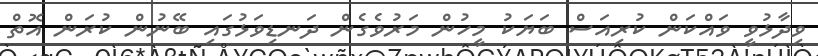
ވިދާޅުވީ ވައްކަން ކުރިއަސް ބަޔަކު މީހުން މަރުވެގެން ދަނޑިވަޅުގައި ބޭނުން ކުރަން އޮތް